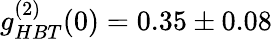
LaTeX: g_{HBT}^{(2)}(0)=0.35\pm 0.08